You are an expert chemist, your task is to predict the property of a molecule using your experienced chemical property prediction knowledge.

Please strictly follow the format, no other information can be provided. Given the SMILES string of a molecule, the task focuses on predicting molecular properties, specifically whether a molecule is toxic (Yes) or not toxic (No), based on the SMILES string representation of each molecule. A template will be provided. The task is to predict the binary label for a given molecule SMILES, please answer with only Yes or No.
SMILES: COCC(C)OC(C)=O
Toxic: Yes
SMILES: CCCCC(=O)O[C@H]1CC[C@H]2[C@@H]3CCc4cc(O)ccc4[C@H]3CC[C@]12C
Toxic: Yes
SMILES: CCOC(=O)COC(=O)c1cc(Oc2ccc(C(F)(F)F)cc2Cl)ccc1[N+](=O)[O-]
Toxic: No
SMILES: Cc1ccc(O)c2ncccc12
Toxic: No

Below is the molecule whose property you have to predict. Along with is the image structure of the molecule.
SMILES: CC(C)CCCCCOC(=O)CS
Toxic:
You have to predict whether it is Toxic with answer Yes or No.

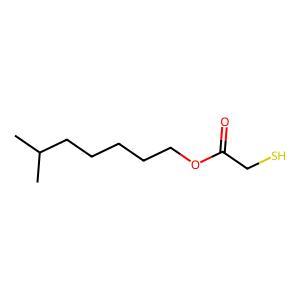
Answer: No